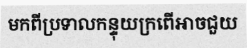
មកពីប្រទាលកន្ទុយក្រពើអាចជួយ